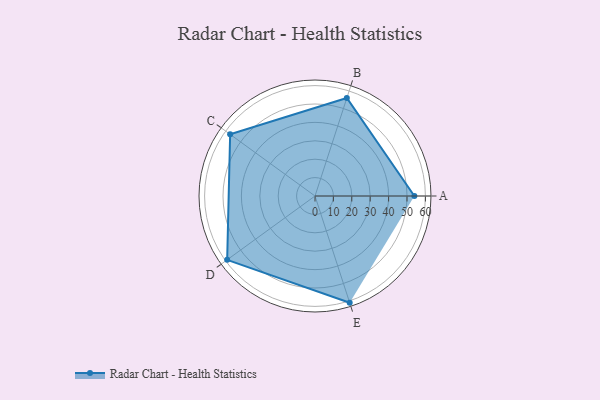
{"axis": {"x": "Skill", "y": "Score"}, "legend": ["Profile"], "data": [{"x": "A", "y": 54.0, "type": "Profile"}, {"x": "B", "y": 56.0, "type": "Profile"}, {"x": "C", "y": 57.0, "type": "Profile"}, {"x": "D", "y": 59.0, "type": "Profile"}, {"x": "E", "y": 61.0, "type": "Profile"}]}